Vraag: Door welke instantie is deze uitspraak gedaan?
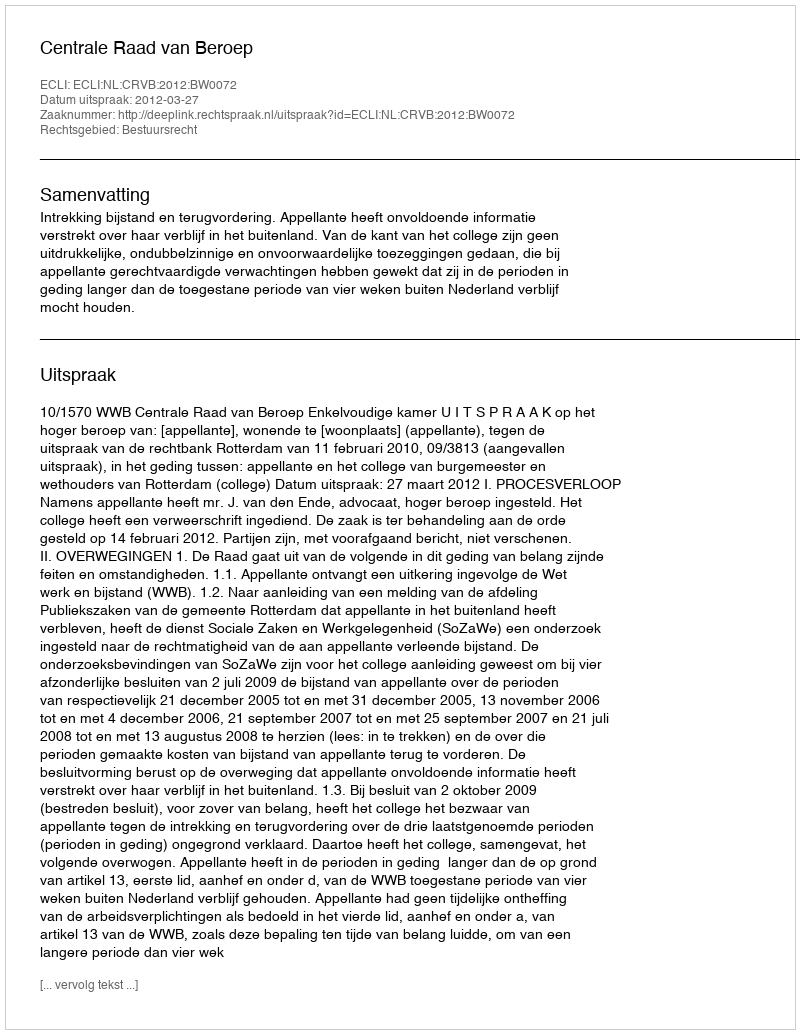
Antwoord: Centrale Raad van Beroep